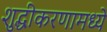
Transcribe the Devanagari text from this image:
शुद्धीकरणामध्ये